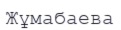
Жұмабаева